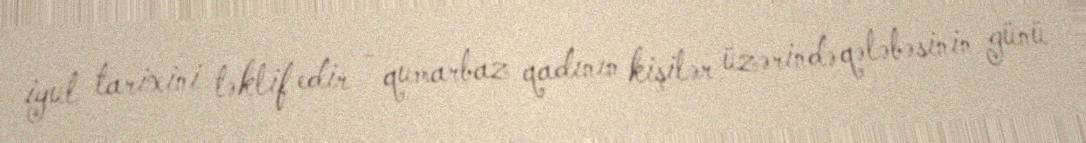
iyul tarixini təklif edir - qumarbaz qadının kişilər üzərində qələbəsinin günü